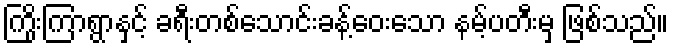
ကြိုးကြာရွာနှင့် ခရီးတစ်သောင်းခန့်ဝေးသော နမ့်ပတီးမှ ဖြစ်သည်။